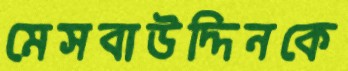
মেসবাউদ্দিনকে